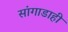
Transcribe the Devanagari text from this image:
सांगाडाही